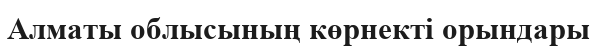
Алматы облысының көрнекті орындары